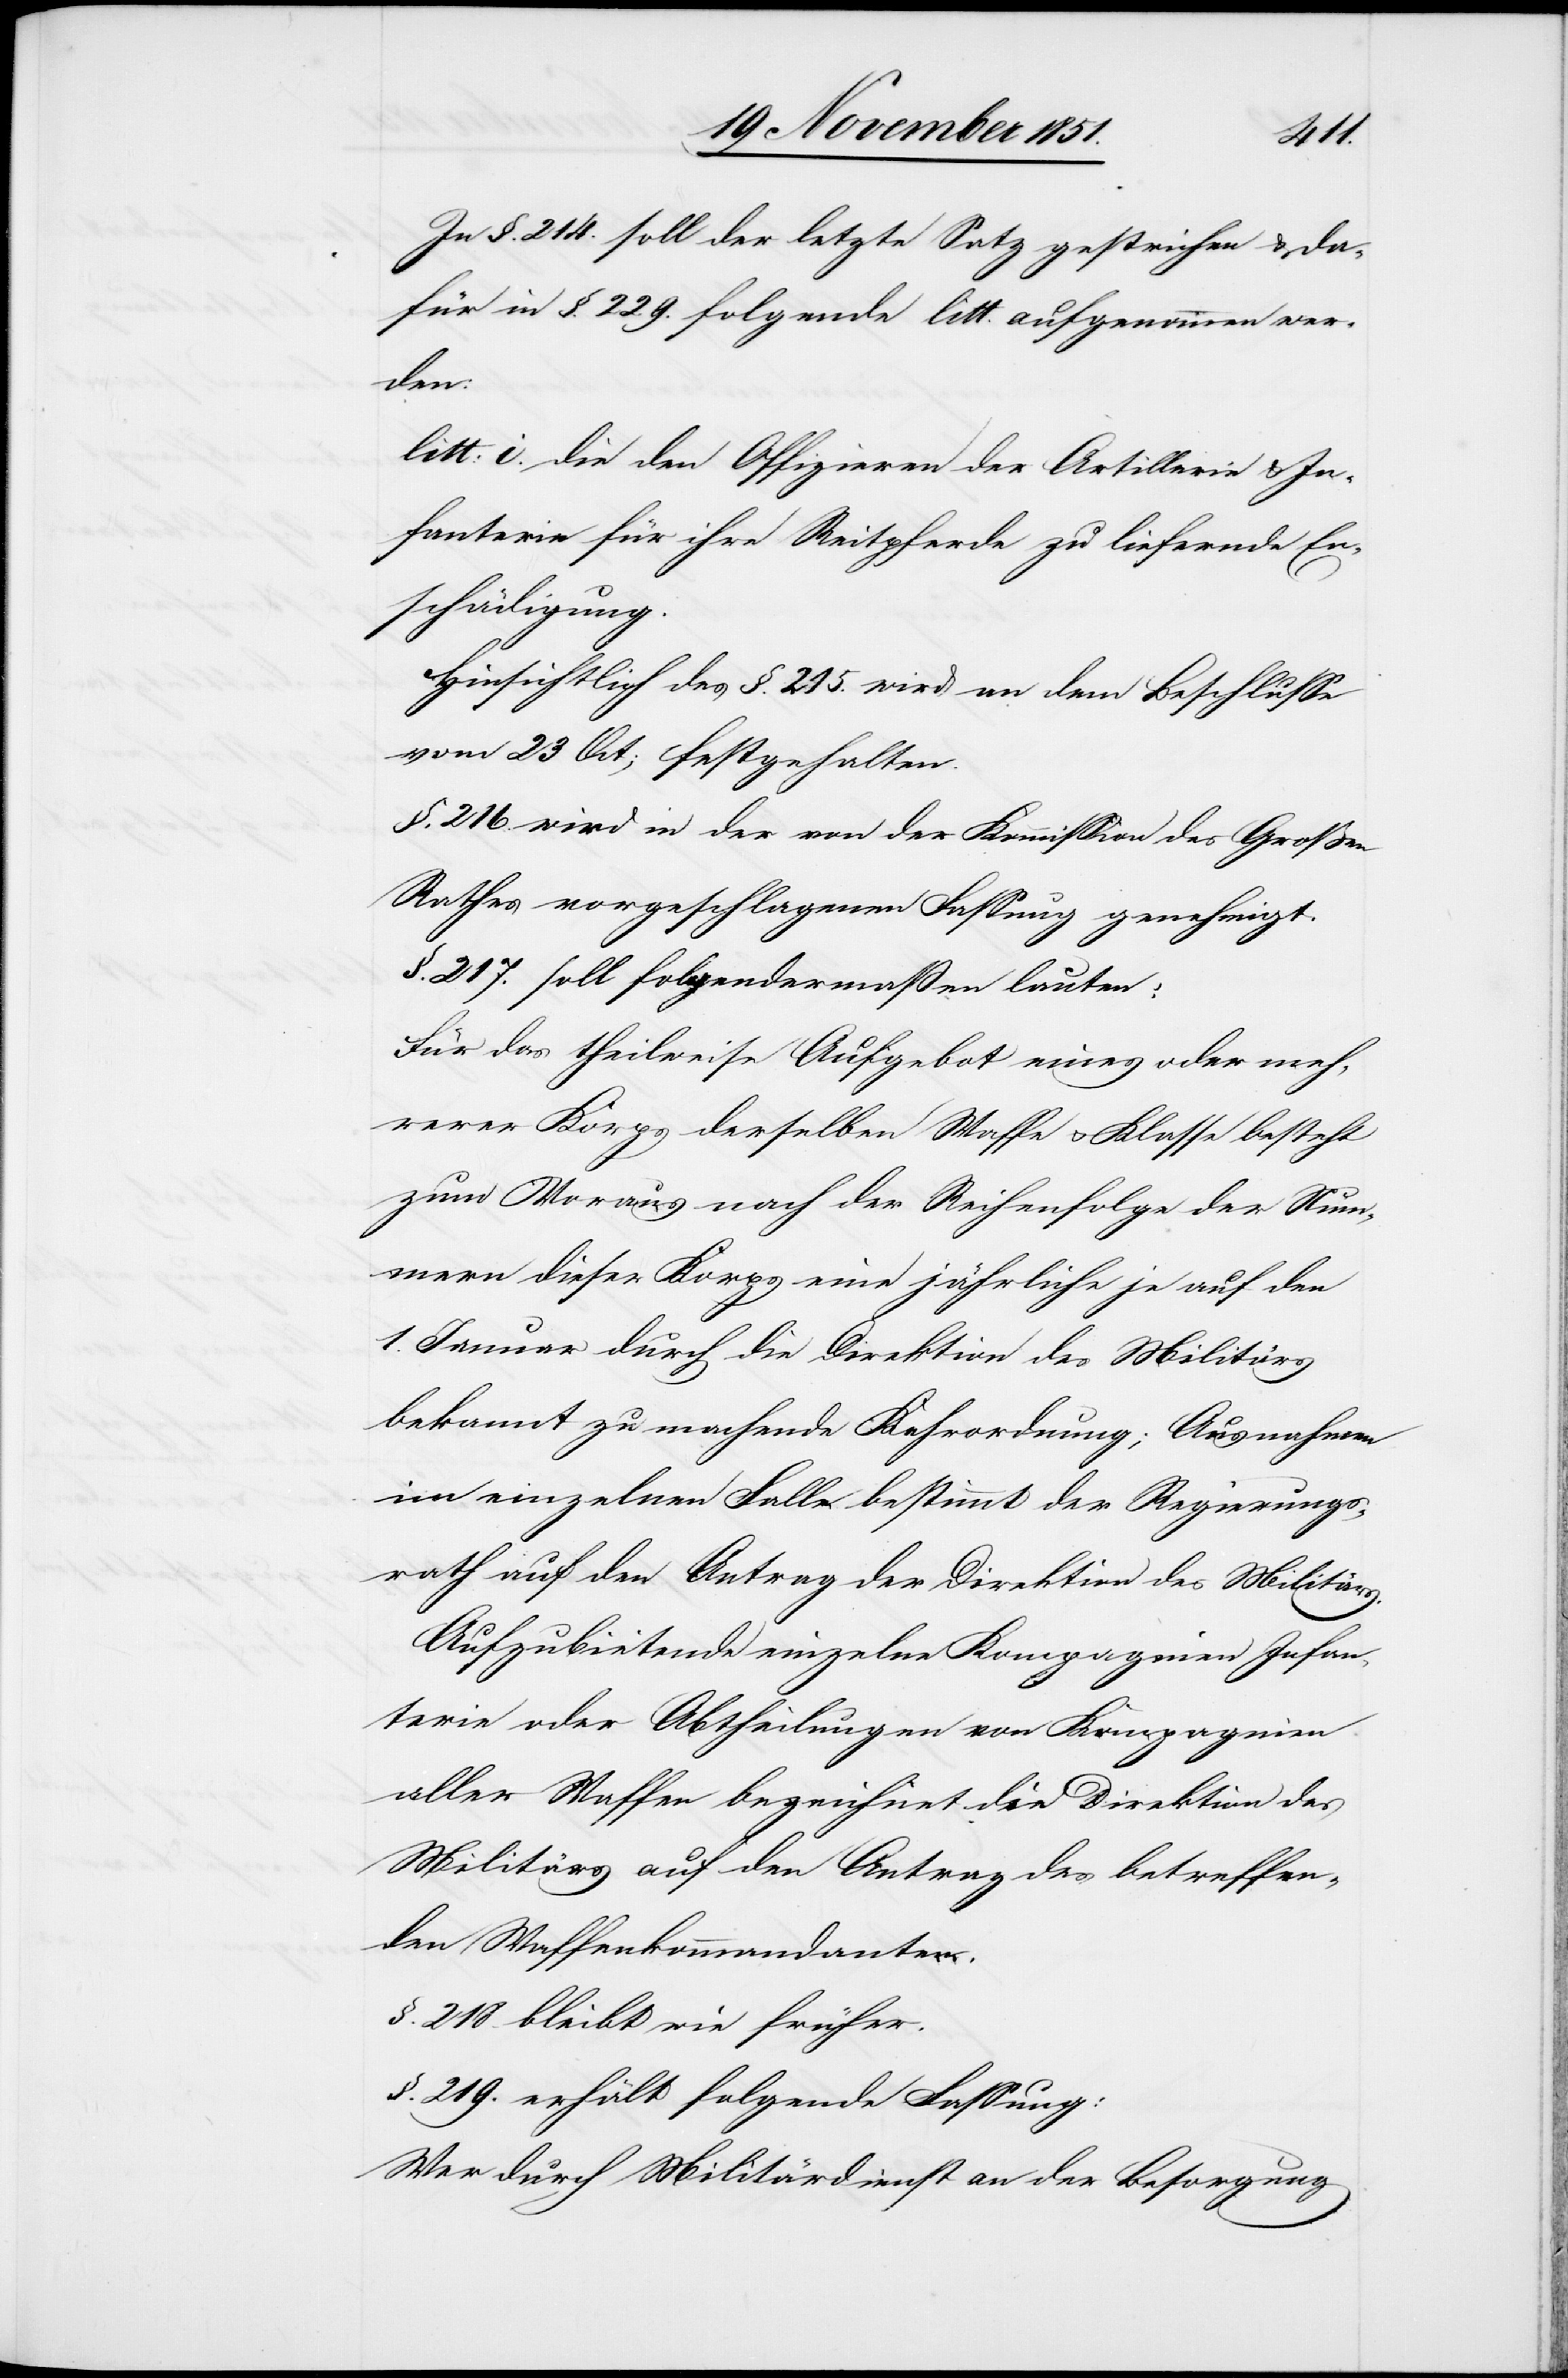
In §. 214. soll der letzte Satz gestrichen & da¬
für in §. 229. folgende litt. aufgenommen wer¬
den:
litt: i. die den Offizieren der Artillerie & In¬
fanterie für ihre Reitpferde zu liefernde E¬
n[t]schädigung.
Hinsichtlich des §. 215. wird an dem Beschlusse
vom 23 Oct: festgehalten.
§. 216. wird in der von der Kommission des Großen
Rathes vorgeschlagenen Fassung genehmigt.
§. 217. soll folgendermaßen lauten:
Für das theilweise Aufgebot eines oder meh¬
rerer Korps derselben Waffe & Klasse besteht
zum Voraus nach der Reihenfolge der Num¬
mern dieser Korps eine jährliche je auf den
1. Januar durch die Direktion des Militärs
bekannt zu machende Kehrordnung; Ausnahmen
im einzelnen Falle bestimmt der Regierungs¬
rath auf den Antrag der Direktion des Militärs.
Aufzubietende einzelne Kompagnien Infan¬
terie oder Abtheilungen von Kompagnien
aller Waffen bezeichnet die Direktion des
Militärs auf den Antrag des betreffen¬
den Waffenkommandanten.
§. 218. bleibt wie früher.
§. 219. erhält folgende Fassung:
Wer durch Militärdienst an der Besorgung